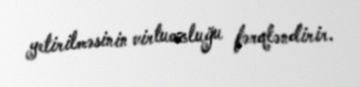
yetirilməsinin virtuozluğu fərqləndirir.